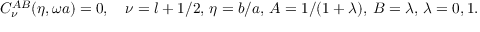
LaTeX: C _ { \nu } ^ { A B } ( \eta , \omega a ) = 0 , \quad \nu = l + 1 / 2 , \, \eta = b / a , \, A = 1 / ( 1 + \lambda ) , \, B = \lambda , \, \lambda = 0 , 1 .